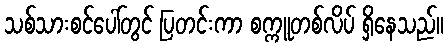
သစ်သားစင်ပေါ်တွင် ပြတင်းကာ စက္ကူတစ်လိပ် ရှိနေသည်။